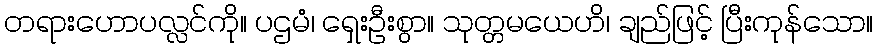
တရားဟောပလ္လင်ကို။ ပဌမံ၊ ရှေးဦးစွာ။ သုတ္တမယေဟိ၊ ချည်ဖြင့် ပြီးကုန်သော။